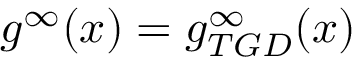
g ^ { \infty } ( x ) = g _ { T G D } ^ { \infty } ( x )